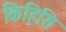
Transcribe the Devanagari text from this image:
किहिसि